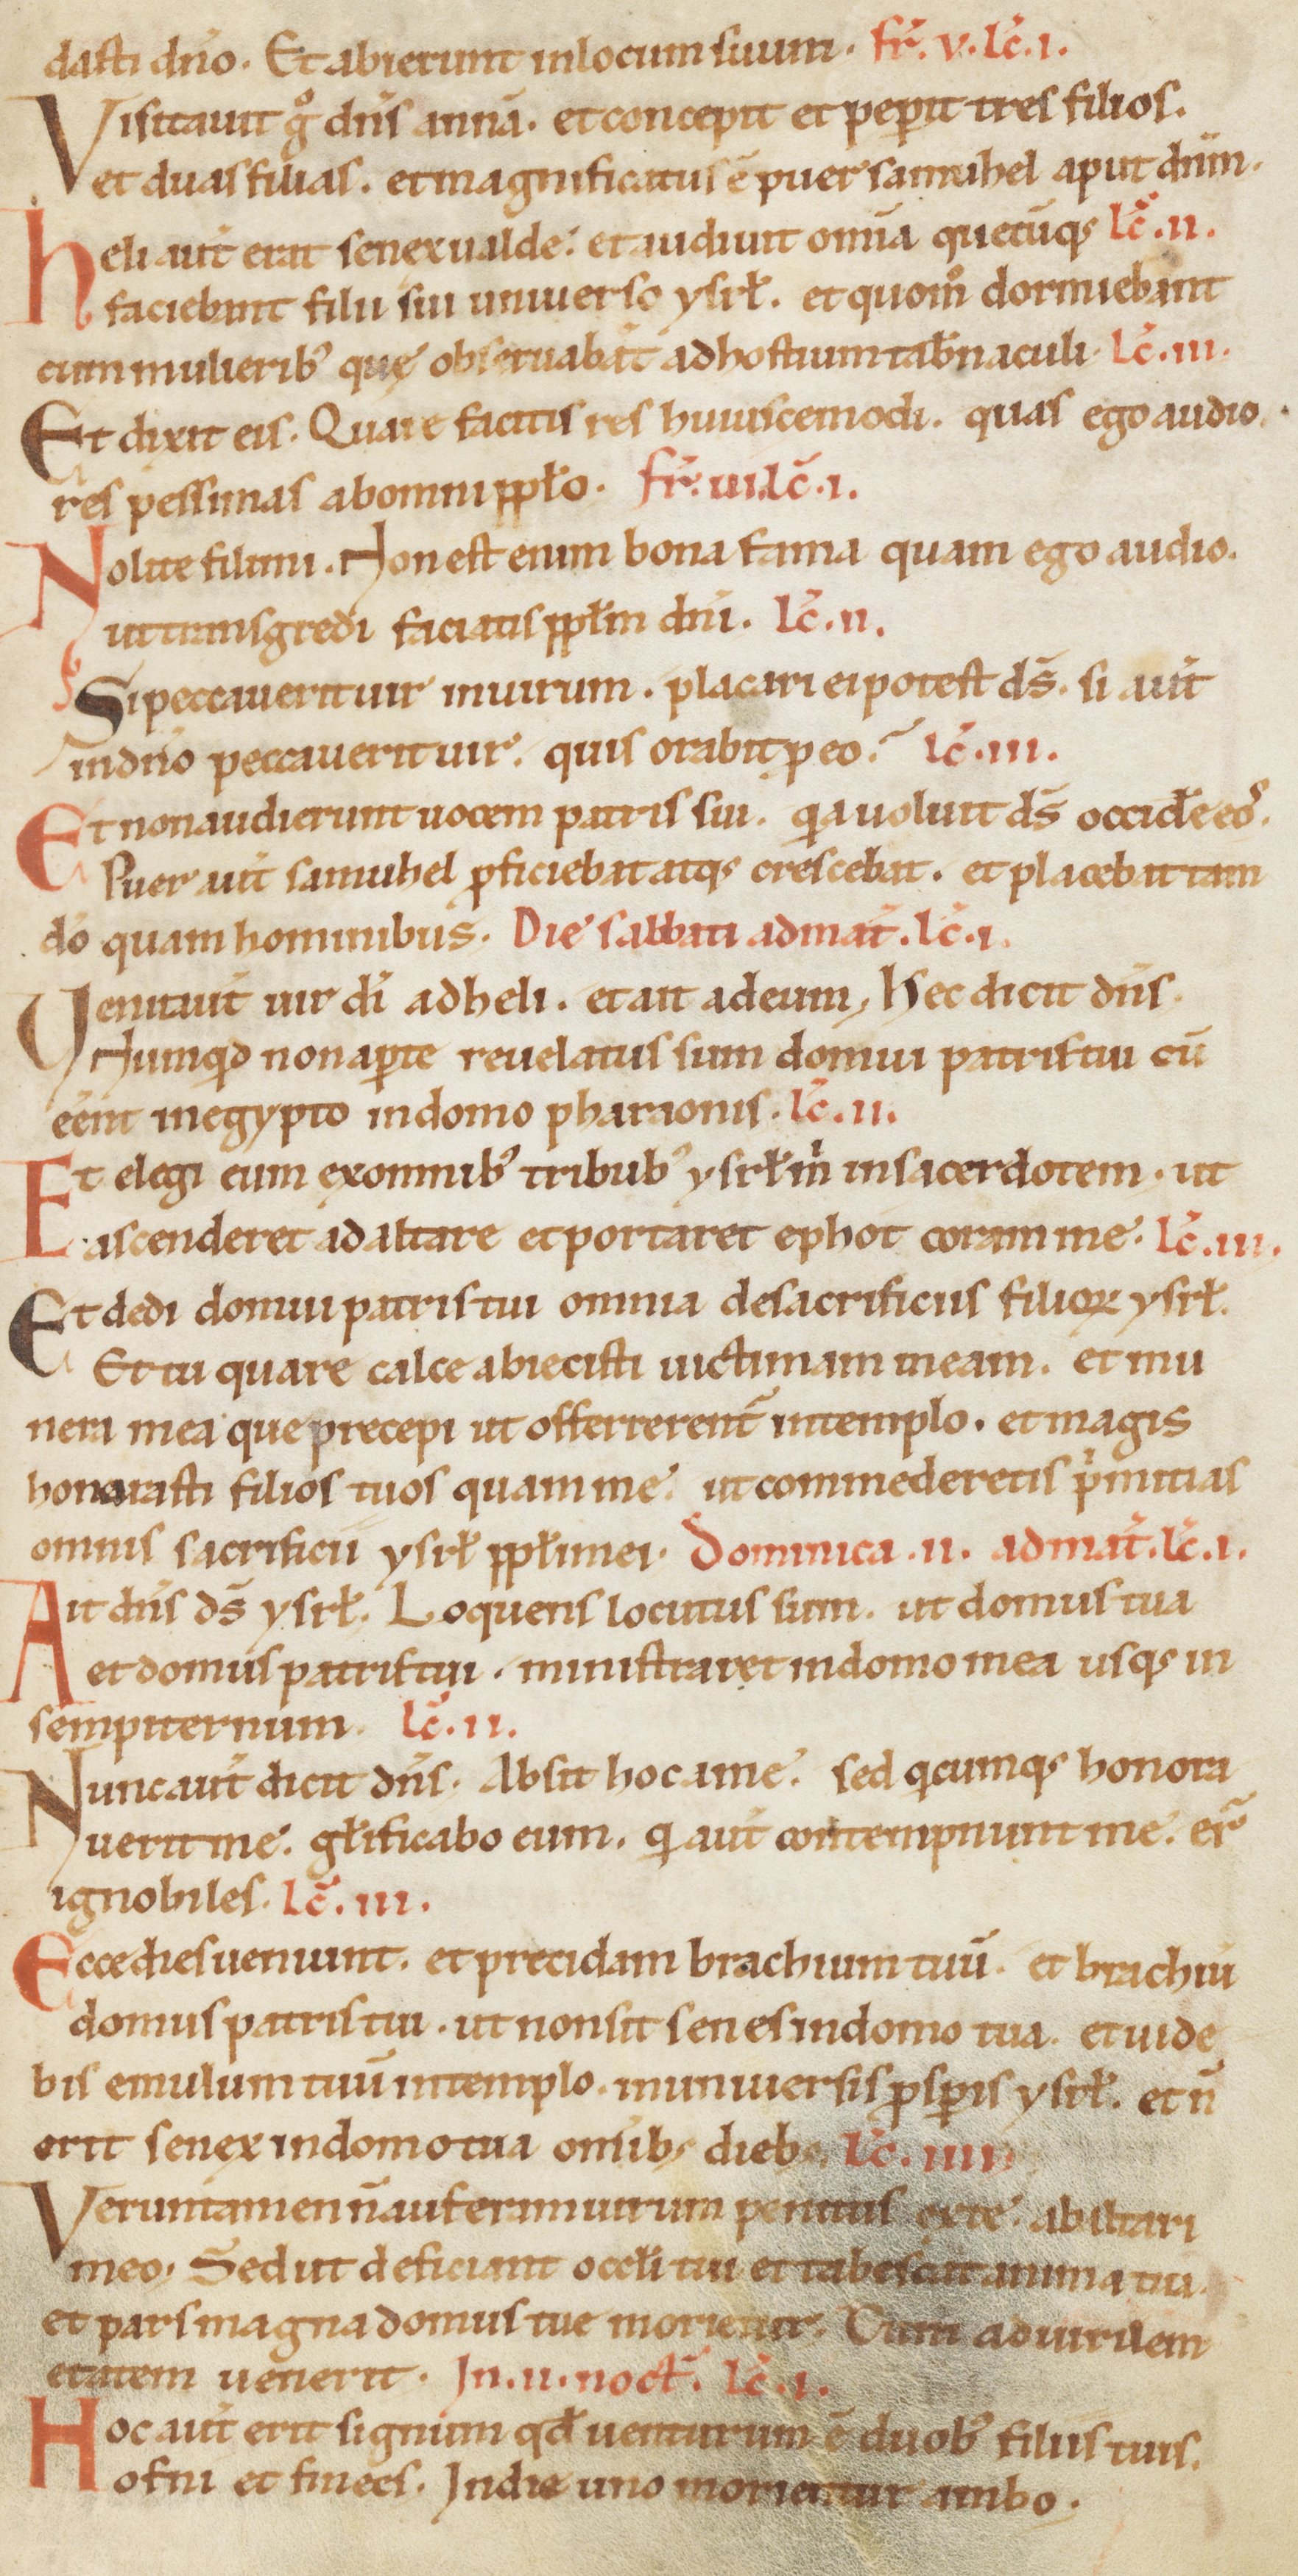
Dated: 1100–1199